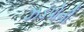
ઝડપોની